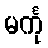
မင်္ကု